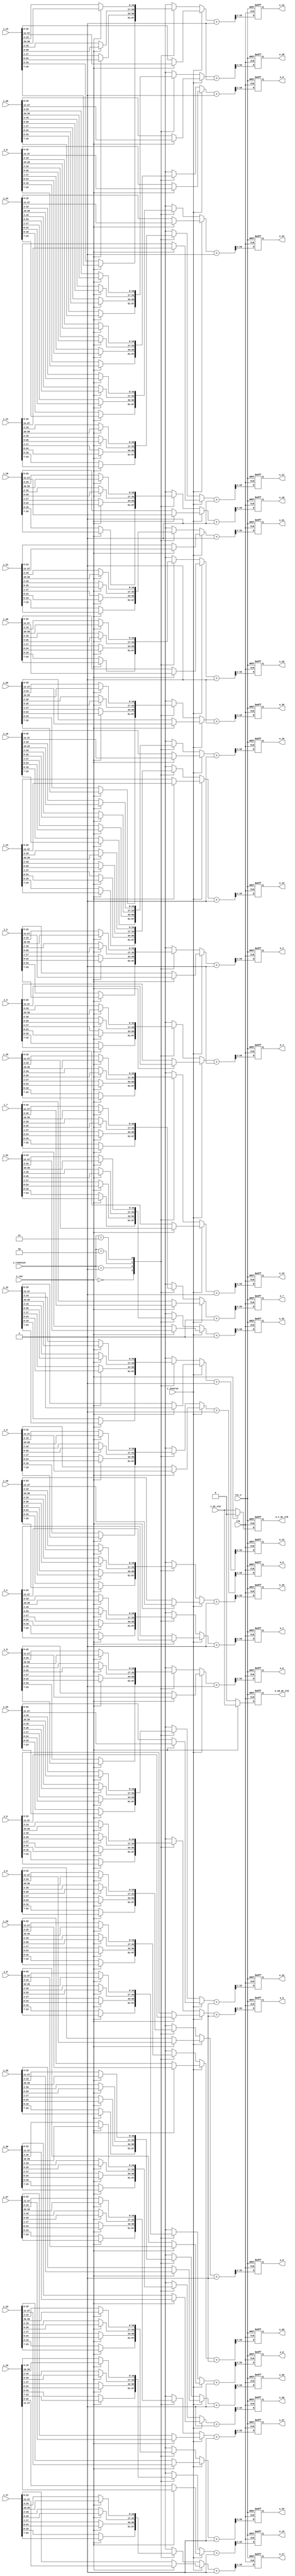
//company       : xm tech
//project name  : H265i
//top module    : dct_top_2d.v
//data          : 2018.01.22
//delay         : 1 clk 
//describe      :
//modification  :
//v1.0          :

module offset_shift(
                 clk           ,
                 rst_n         , 
                 i_row         ,
                 i_dt_vld      ,
	         i_inverse     ,
                 i_transize    ,
                 i_0           ,
                 i_1           ,
                 i_2           ,
                 i_3           ,
                 i_4           ,
                 i_5           ,
                 i_6           ,
                 i_7           ,
                 i_8           ,
                 i_9           ,
                 i_10          ,
                 i_11          ,
                 i_12          ,
                 i_13          ,
                 i_14          ,
                 i_15          ,
                 i_16          ,
                 i_17          ,
                 i_18          ,
                 i_19          ,
                 i_20          ,
                 i_21          ,
                 i_22          ,
                 i_23          ,
                 i_24          ,
                 i_25          ,
                 i_26          ,
                 i_27          ,
                 i_28          ,
                 i_29          ,
                 i_30          ,
                 i_31          ,
               
                o_2d_dt_vld    ,
		o_t_dt_vld     ,
                o_0            ,
                o_1            ,
                o_2            ,
                o_3            ,
                o_4            ,
                o_5            ,
                o_6            ,
                o_7            ,
                o_8            ,
                o_9            ,
                o_10           ,
                o_11           ,
                o_12           ,
                o_13           ,
                o_14           ,
                o_15           ,
                o_16           ,
                o_17           ,
                o_18           ,
                o_19           ,
                o_20           ,
                o_21           ,
                o_22           ,
                o_23           ,
                o_24           ,
                o_25           ,
                o_26           ,
                o_27           ,
                o_28           ,
                o_29           ,
                o_30           ,
                o_31           
);

// ********************************************
//                                             
//    INPUT / OUTPUT DECLARATION                                               
//                                                                             
// ********************************************

input                   clk       ;
input                   rst_n     ;
input                   i_row     ;
input                   i_inverse ;
input                   i_dt_vld  ;
input          [1:0]    i_transize;
input          [27:0]   i_0       ;//signed
input          [27:0]   i_1       ;//signed
input          [27:0]   i_2       ;//signed
input          [27:0]   i_3       ;//signed
input          [27:0]   i_4       ;//signed
input          [27:0]   i_5       ;//signed
input          [27:0]   i_6       ;//signed
input          [27:0]   i_7       ;//signed
input          [27:0]   i_8       ;//signed
input          [27:0]   i_9       ;//signed
input          [27:0]   i_10      ;//signed
input          [27:0]   i_11      ;//signed
input          [27:0]   i_12      ;//signed
input          [27:0]   i_13      ;//signed
input          [27:0]   i_14      ;//signed
input          [27:0]   i_15      ;//signed
input          [27:0]   i_16      ;//signed
input          [27:0]   i_17      ;//signed
input          [27:0]   i_18      ;//signed
input          [27:0]   i_19      ;//signed
input          [27:0]   i_20      ;//signed
input          [27:0]   i_21      ;//signed
input          [27:0]   i_22      ;//signed
input          [27:0]   i_23      ;//signed
input          [27:0]   i_24      ;//signed
input          [27:0]   i_25      ;//signed
input          [27:0]   i_26      ;//signed
input          [27:0]   i_27      ;//signed
input          [27:0]   i_28      ;//signed
input          [27:0]   i_29      ;//signed
input          [27:0]   i_30      ;//signed
input          [27:0]   i_31      ;//signed


output reg           o_2d_dt_vld  ;
output reg           o_t_dt_vld   ;
output reg  [15:0]   o_0; // signed
output reg  [15:0]   o_1; // signed
output reg  [15:0]   o_2; // signed
output reg  [15:0]   o_3; // signed
output reg  [15:0]   o_4; // signed
output reg  [15:0]   o_5; // signed
output reg  [15:0]   o_6; // signed
output reg  [15:0]   o_7; // signed
output reg  [15:0]   o_8; // signed
output reg  [15:0]   o_9; // signed
output reg  [15:0]   o_10;// signed
output reg  [15:0]   o_11;// signed
output reg  [15:0]   o_12;// signed
output reg  [15:0]   o_13;// signed
output reg  [15:0]   o_14;// signed
output reg  [15:0]   o_15;// signed
output reg  [15:0]   o_16;// signed
output reg  [15:0]   o_17;// signed
output reg  [15:0]   o_18;// signed
output reg  [15:0]   o_19;// signed
output reg  [15:0]   o_20;// signed
output reg  [15:0]   o_21;// signed
output reg  [15:0]   o_22;// signed
output reg  [15:0]   o_23;// signed
output reg  [15:0]   o_24;// signed
output reg  [15:0]   o_25;// signed
output reg  [15:0]   o_26;// signed
output reg  [15:0]   o_27;// signed
output reg  [15:0]   o_28;// signed
output reg  [15:0]   o_29;// signed
output reg  [15:0]   o_30;// signed
output reg  [15:0]   o_31;// signed

//-------------------------------------------//
parameter  DCT_4 =2'b00 ;
parameter  DCT_8 =2'b01 ;
parameter  DCT_16=2'b10 ;
parameter  DCT_32=2'b11 ;
//-------------------------------------------//
reg  [16:0]   data_0  ;
reg  [16:0]   data_1  ;
reg  [16:0]   data_2  ;
reg  [16:0]   data_3  ;
reg  [16:0]   data_4  ;
reg  [16:0]   data_5  ;
reg  [16:0]   data_6  ;
reg  [16:0]   data_7  ;
reg  [16:0]   data_8  ;
reg  [16:0]   data_9  ;

reg  [16:0]   data_10  ;
reg  [16:0]   data_11  ;
reg  [16:0]   data_12  ;
reg  [16:0]   data_13  ;
reg  [16:0]   data_14  ;
reg  [16:0]   data_15  ;
reg  [16:0]   data_16  ;
reg  [16:0]   data_17  ;
reg  [16:0]   data_18  ;
reg  [16:0]   data_19  ;

reg  [16:0]   data_20  ;
reg  [16:0]   data_21  ;
reg  [16:0]   data_22  ;
reg  [16:0]   data_23  ;
reg  [16:0]   data_24  ;
reg  [16:0]   data_25  ;
reg  [16:0]   data_26  ;
reg  [16:0]   data_27  ;
reg  [16:0]   data_28  ;
reg  [16:0]   data_29  ;

reg  [16:0]   data_30  ;
reg  [16:0]   data_31  ;

wire [16:0]   data0_add    ;       
wire [16:0]   data1_add    ;
wire [16:0]   data2_add    ;
wire [16:0]   data3_add    ;
wire [16:0]   data4_add    ;
wire [16:0]   data5_add    ;
wire [16:0]   data6_add    ;
wire [16:0]   data7_add    ;
wire [16:0]   data8_add    ;
wire [16:0]   data9_add    ;
wire [16:0]   data10_add   ;
wire [16:0]   data11_add   ;
wire [16:0]   data12_add   ;
wire [16:0]   data13_add   ;
wire [16:0]   data14_add   ;
wire [16:0]   data15_add   ;
wire [16:0]   data16_add   ;
wire [16:0]   data17_add   ;
wire [16:0]   data18_add   ;
wire [16:0]   data19_add   ;
wire [16:0]   data20_add   ;
wire [16:0]   data21_add   ;
wire [16:0]   data22_add   ;
wire [16:0]   data23_add   ;
wire [16:0]   data24_add   ;
wire [16:0]   data25_add   ;
wire [16:0]   data26_add   ;
wire [16:0]   data27_add   ;
wire [16:0]   data28_add   ;
wire [16:0]   data29_add   ;
wire [16:0]   data30_add   ;
wire [16:0]   data31_add   ;

//------------------------data sel------------------//
always @(*) 
begin
if(~i_inverse)
begin 
	case(i_transize)
    	DCT_4:
    	begin
		if(~i_row)
			data_0 = i_0[16:0];
		else
			data_0 = i_0[23:7];
	end
     	DCT_8:
    	begin
		if(~i_row)
			data_0 = i_0[17:1];
		else
			data_0 = i_0[24:8];
	end
     	DCT_16:
    	begin
		if(~i_row)
			data_0 = i_0[18:2];
		else
			data_0 = i_0[25:9];
	end
    	DCT_32:
    	begin
		if(~i_row)
			data_0 = i_0[19:3];
		else

			data_0 = i_0[26:10];
	end
  	endcase
end
else
begin
	if(~i_row)
		data_0 = i_0[22:6];
	else
		data_0 = i_0[27:11];
end
end
//------------data1-----------//
always @(*) 
begin
if(~i_inverse)
begin 
	case(i_transize)
    	DCT_4:
    	begin
		if(~i_row)
			data_1 = i_1[16:0];
		else
			data_1 = i_1[23:7];
	end
     	DCT_8:
    	begin
		if(~i_row)
			data_1 = i_1[17:1];
		else
			data_1 = i_1[24:8];
	end
     	DCT_16:
    	begin
		if(~i_row)
			data_1 = i_1[18:2];
		else
			data_1 = i_1[25:9];
	end
    	DCT_32:
    	begin
		if(~i_row)
			data_1 = i_1[19:3];
		else

			data_1 = i_1[26:10];
	end
  	endcase
end
else
begin
	if(~i_row)
		data_1 = i_1[22:6];
	else
		data_1 = i_1[27:11];
end
end

//------------data2-----------//
always @(*) 
begin
if(~i_inverse)
begin 
	case(i_transize)
    	DCT_4:
    	begin
		if(~i_row)
			data_2 = i_2[16:0];
		else
			data_2 = i_2[23:7];
	end
     	DCT_8:
    	begin
		if(~i_row)
			data_2 = i_2[17:1];
		else
			data_2 = i_2[24:8];
	end
     	DCT_16:
    	begin
		if(~i_row)
			data_2 = i_2[18:2];
		else
			data_2 = i_2[25:9];
	end
    	DCT_32:
    	begin
		if(~i_row)
			data_2 = i_2[19:3];
		else

			data_2 = i_2[26:10];
	end
  	endcase
end
else
begin
	if(~i_row)
		data_2 = i_2[22:6];
	else
		data_2 = i_2[27:11];
end
end

//------------data3-----------//
always @(*) 
begin
if(~i_inverse)
begin 
	case(i_transize)
    	DCT_4:
    	begin
		if(~i_row)
			data_3 = i_3[16:0];
		else
			data_3 = i_3[23:7];
	end
     	DCT_8:
    	begin
		if(~i_row)
			data_3 = i_3[17:1];
		else
			data_3 = i_3[24:8];
	end
     	DCT_16:
    	begin
		if(~i_row)
			data_3 = i_3[18:2];
		else
			data_3 = i_3[25:9];
	end
    	DCT_32:
    	begin
		if(~i_row)
			data_3 = i_3[19:3];
		else

			data_3 = i_3[26:10];
	end
  	endcase
end
else
begin
	if(~i_row)
		data_3 = i_3[22:6];
	else
		data_3 = i_3[27:11];
end
end

//------------data4-----------//
always @(*) 
begin
if(~i_inverse)
begin 
	case(i_transize)
    	DCT_4:
    	begin
		if(~i_row)
			data_4 = i_4[16:0];
		else
			data_4 = i_4[23:7];
	end
     	DCT_8:
    	begin
		if(~i_row)
			data_4 = i_4[17:1];
		else
			data_4 = i_4[24:8];
	end
     	DCT_16:
    	begin
		if(~i_row)
			data_4 = i_4[18:2];
		else
			data_4 = i_4[25:9];
	end
    	DCT_32:
    	begin
		if(~i_row)
			data_4 = i_4[19:3];
		else

			data_4 = i_4[26:10];
	end
  	endcase
end
else
begin
	if(~i_row)
		data_4 = i_4[22:6];
	else
		data_4 = i_4[27:11];
end
end

//------------data5-----------//
always @(*) 
begin
if(~i_inverse)
begin 
	case(i_transize)
    	DCT_4:
    	begin
		if(~i_row)
			data_5 = i_5[16:0];
		else
			data_5 = i_5[23:7];
	end
     	DCT_8:
    	begin
		if(~i_row)
			data_5 = i_5[17:1];
		else
			data_5 = i_5[24:8];
	end
     	DCT_16:
    	begin
		if(~i_row)
			data_5 = i_5[18:2];
		else
			data_5 = i_5[25:9];
	end
    	DCT_32:
    	begin
		if(~i_row)
			data_5 = i_5[19:3];
		else

			data_5 = i_5[26:10];
	end
  	endcase
end
else
begin
	if(~i_row)
		data_5 = i_5[22:6];
	else
		data_5 = i_5[27:11];
end
end

//------------data6-----------//
always @(*) 
begin
if(~i_inverse)
begin 
	case(i_transize)
    	DCT_4:
    	begin
		if(~i_row)
			data_6 = i_6[16:0];
		else
			data_6 = i_6[23:7];
	end
     	DCT_8:
    	begin
		if(~i_row)
			data_6 = i_6[17:1];
		else
			data_6 = i_6[24:8];
	end
     	DCT_16:
    	begin
		if(~i_row)
			data_6 = i_6[18:2];
		else
			data_6 = i_6[25:9];
	end
    	DCT_32:
    	begin
		if(~i_row)
			data_6 = i_6[19:3];
		else

			data_6 = i_6[26:10];
	end
  	endcase
end
else
begin
	if(~i_row)
		data_6 = i_6[22:6];
	else
		data_6 = i_6[27:11];
end
end

//------------data7-----------//
always @(*) 
begin
if(~i_inverse)
begin 
	case(i_transize)
    	DCT_4:
    	begin
		if(~i_row)
			data_7 = i_7[16:0];
		else
			data_7 = i_7[23:7];
	end
     	DCT_8:
    	begin
		if(~i_row)
			data_7 = i_7[17:1];
		else
			data_7 = i_7[24:8];
	end
     	DCT_16:
    	begin
		if(~i_row)
			data_7 = i_7[18:2];
		else
			data_7 = i_7[25:9];
	end
    	DCT_32:
    	begin
		if(~i_row)
			data_7 = i_7[19:3];
		else

			data_7 = i_7[26:10];
	end
  	endcase
end
else
begin
	if(~i_row)
		data_7 = i_7[22:6];
	else
		data_7 = i_7[27:11];
end
end

//------------data8-----------//
always @(*) 
begin
if(~i_inverse)
begin 
	case(i_transize)
    	DCT_4:
    	begin
		if(~i_row)
			data_8 = i_8[16:0];
		else
			data_8 = i_8[23:7];
	end
     	DCT_8:
    	begin
		if(~i_row)
			data_8 = i_8[17:1];
		else
			data_8 = i_8[24:8];
	end
     	DCT_16:
    	begin
		if(~i_row)
			data_8 = i_8[18:2];
		else
			data_8 = i_8[25:9];
	end
    	DCT_32:
    	begin
		if(~i_row)
			data_8 = i_8[19:3];
		else

			data_8 = i_8[26:10];
	end
  	endcase
end
else
begin
	if(~i_row)
		data_8 = i_8[22:6];
	else
		data_8 = i_8[27:11];
end
end

//------------data9-----------//
always @(*) 
begin
if(~i_inverse)
begin 
	case(i_transize)
    	DCT_4:
    	begin
		if(~i_row)
			data_9 = i_9[16:0];
		else
			data_9 = i_9[23:7];
	end
     	DCT_8:
    	begin
		if(~i_row)
			data_9 = i_9[17:1];
		else
			data_9 = i_9[24:8];
	end
     	DCT_16:
    	begin
		if(~i_row)
			data_9 = i_9[18:2];
		else
			data_9 = i_9[25:9];
	end
    	DCT_32:
    	begin
		if(~i_row)
			data_9 = i_9[19:3];
		else

			data_9 = i_9[26:10];
	end
  	endcase
end
else
begin
	if(~i_row)
		data_9 = i_9[22:6];
	else
		data_9 = i_9[27:11];
end
end

//------------data10-----------//
always @(*) 
begin
if(~i_inverse)
begin 
	case(i_transize)
    	DCT_4:
    	begin
		if(~i_row)
			data_10 = i_10[16:0];
		else
			data_10 = i_10[23:7];
	end
     	DCT_8:
    	begin
		if(~i_row)
			data_10 = i_10[17:1];
		else
			data_10 = i_10[24:8];
	end
     	DCT_16:
    	begin
		if(~i_row)
			data_10 = i_10[18:2];
		else
			data_10 = i_10[25:9];
	end
    	DCT_32:
    	begin
		if(~i_row)
			data_10 = i_10[19:3];
		else

			data_10 = i_10[26:10];
	end
  	endcase
end
else
begin
	if(~i_row)
		data_10 = i_10[22:6];
	else
		data_10 = i_10[27:11];
end
end

//------------data11-----------//
always @(*) 
begin
if(~i_inverse)
begin 
	case(i_transize)
    	DCT_4:
    	begin
		if(~i_row)
			data_11 = i_11[16:0];
		else
			data_11 = i_11[23:7];
	end
     	DCT_8:
    	begin
		if(~i_row)
			data_11 = i_11[17:1];
		else
			data_11 = i_11[24:8];
	end
     	DCT_16:
    	begin
		if(~i_row)
			data_11 = i_11[18:2];
		else
			data_11 = i_11[25:9];
	end
    	DCT_32:
    	begin
		if(~i_row)
			data_11 = i_11[19:3];
		else

			data_11 = i_11[26:10];
	end
  	endcase
end
else
begin
	if(~i_row)
		data_11 = i_11[22:6];
	else
		data_11 = i_11[27:11];
end
end

//------------data12-----------//
always @(*) 
begin
if(~i_inverse)
begin 
	case(i_transize)
    	DCT_4:
    	begin
		if(~i_row)
			data_12 = i_12[16:0];
		else
			data_12 = i_12[23:7];
	end
     	DCT_8:
    	begin
		if(~i_row)
			data_12 = i_12[17:1];
		else
			data_12 = i_12[24:8];
	end
     	DCT_16:
    	begin
		if(~i_row)
			data_12 = i_12[18:2];
		else
			data_12 = i_12[25:9];
	end
    	DCT_32:
    	begin
		if(~i_row)
			data_12 = i_12[19:3];
		else

			data_12 = i_12[26:10];
	end
  	endcase
end
else
begin
	if(~i_row)
		data_12 = i_12[22:6];
	else
		data_12 = i_12[27:11];
end
end

//------------data13-----------//
always @(*) 
begin
if(~i_inverse)
begin 
	case(i_transize)
    	DCT_4:
    	begin
		if(~i_row)
			data_13 = i_13[16:0];
		else
			data_13 = i_13[23:7];
	end
     	DCT_8:
    	begin
		if(~i_row)
			data_13 = i_13[17:1];
		else
			data_13 = i_13[24:8];
	end
     	DCT_16:
    	begin
		if(~i_row)
			data_13 = i_13[18:2];
		else
			data_13 = i_13[25:9];
	end
    	DCT_32:
    	begin
		if(~i_row)
			data_13 = i_13[19:3];
		else

			data_13 = i_13[26:10];
	end
  	endcase
end
else
begin
	if(~i_row)
		data_13 = i_13[22:6];
	else
		data_13 = i_13[27:11];
end
end

//------------data14-----------//
always @(*) 
begin
if(~i_inverse)
begin 
	case(i_transize)
    	DCT_4:
    	begin
		if(~i_row)
			data_14 = i_14[16:0];
		else
			data_14 = i_14[23:7];
	end
     	DCT_8:
    	begin
		if(~i_row)
			data_14 = i_14[17:1];
		else
			data_14 = i_14[24:8];
	end
     	DCT_16:
    	begin
		if(~i_row)
			data_14 = i_14[18:2];
		else
			data_14 = i_14[25:9];
	end
    	DCT_32:
    	begin
		if(~i_row)
			data_14 = i_14[19:3];
		else

			data_14 = i_14[26:10];
	end
  	endcase
end
else
begin
	if(~i_row)
		data_14 = i_14[22:6];
	else
		data_14 = i_14[27:11];
end
end

//------------data15-----------//
always @(*) 
begin
if(~i_inverse)
begin 
	case(i_transize)
    	DCT_4:
    	begin
		if(~i_row)
			data_15 = i_15[16:0];
		else
			data_15 = i_15[23:7];
	end
     	DCT_8:
    	begin
		if(~i_row)
			data_15 = i_15[17:1];
		else
			data_15 = i_15[24:8];
	end
     	DCT_16:
    	begin
		if(~i_row)
			data_15 = i_15[18:2];
		else
			data_15 = i_15[25:9];
	end
    	DCT_32:
    	begin
		if(~i_row)
			data_15 = i_15[19:3];
		else

			data_15 = i_15[26:10];
	end
  	endcase
end
else
begin
	if(~i_row)
		data_15 = i_15[22:6];
	else
		data_15 = i_15[27:11];
end
end

//------------data16-----------//
always @(*) 
begin
if(~i_inverse)
begin 
	case(i_transize)
    	DCT_4:
    	begin
		if(~i_row)
			data_16 = i_16[16:0];
		else
			data_16 = i_16[23:7];
	end
     	DCT_8:
    	begin
		if(~i_row)
			data_16 = i_16[17:1];
		else
			data_16 = i_16[24:8];
	end
     	DCT_16:
    	begin
		if(~i_row)
			data_16 = i_16[18:2];
		else
			data_16 = i_16[25:9];
	end
    	DCT_32:
    	begin
		if(~i_row)
			data_16 = i_16[19:3];
		else

			data_16 = i_16[26:10];
	end
  	endcase
end
else
begin
	if(~i_row)
		data_16 = i_16[22:6];
	else
		data_16 = i_16[27:11];
end
end

//------------data17-----------//
always @(*) 
begin
if(~i_inverse)
begin 
	case(i_transize)
    	DCT_4:
    	begin
		if(~i_row)
			data_17 = i_17[16:0];
		else
			data_17 = i_17[23:7];
	end
     	DCT_8:
    	begin
		if(~i_row)
			data_17 = i_17[17:1];
		else
			data_17 = i_17[24:8];
	end
     	DCT_16:
    	begin
		if(~i_row)
			data_17 = i_17[18:2];
		else
			data_17 = i_17[25:9];
	end
    	DCT_32:
    	begin
		if(~i_row)
			data_17 = i_17[19:3];
		else

			data_17 = i_17[26:10];
	end
  	endcase
end
else
begin
	if(~i_row)
		data_17 = i_17[22:6];
	else
		data_17 = i_17[27:11];
end
end

//------------data18-----------//
always @(*) 
begin
if(~i_inverse)
begin 
	case(i_transize)
    	DCT_4:
    	begin
		if(~i_row)
			data_18 = i_18[16:0];
		else
			data_18 = i_18[23:7];
	end
     	DCT_8:
    	begin
		if(~i_row)
			data_18 = i_18[17:1];
		else
			data_18 = i_18[24:8];
	end
     	DCT_16:
    	begin
		if(~i_row)
			data_18 = i_18[18:2];
		else
			data_18 = i_18[25:9];
	end
    	DCT_32:
    	begin
		if(~i_row)
			data_18 = i_18[19:3];
		else

			data_18 = i_18[26:10];
	end
  	endcase
end
else
begin
	if(~i_row)
		data_18 = i_18[22:6];
	else
		data_18 = i_18[27:11];
end
end

//------------data19-----------//
always @(*) 
begin
if(~i_inverse)
begin 
	case(i_transize)
    	DCT_4:
    	begin
		if(~i_row)
			data_19 = i_19[16:0];
		else
			data_19 = i_19[23:7];
	end
     	DCT_8:
    	begin
		if(~i_row)
			data_19 = i_19[17:1];
		else
			data_19 = i_19[24:8];
	end
     	DCT_16:
    	begin
		if(~i_row)
			data_19 = i_19[18:2];
		else
			data_19 = i_19[25:9];
	end
    	DCT_32:
    	begin
		if(~i_row)
			data_19 = i_19[19:3];
		else

			data_19 = i_19[26:10];
	end
  	endcase
end
else
begin
	if(~i_row)
		data_19 = i_19[22:6];
	else
		data_19 = i_19[27:11];
end
end

//------------data20-----------//
always @(*) 
begin
if(~i_inverse)
begin 
	case(i_transize)
    	DCT_4:
    	begin
		if(~i_row)
			data_20 = i_20[16:0];
		else
			data_20 = i_20[23:7];
	end
     	DCT_8:
    	begin
		if(~i_row)
			data_20 = i_20[17:1];
		else
			data_20 = i_20[24:8];
	end
     	DCT_16:
    	begin
		if(~i_row)
			data_20 = i_20[18:2];
		else
			data_20 = i_20[25:9];
	end
    	DCT_32:
    	begin
		if(~i_row)
			data_20 = i_20[19:3];
		else

			data_20 = i_20[26:10];
	end
  	endcase
end
else
begin
	if(~i_row)
		data_20 = i_20[22:6];
	else
		data_20 = i_20[27:11];
end
end

//------------data21-----------//
always @(*) 
begin
if(~i_inverse)
begin 
	case(i_transize)
    	DCT_4:
    	begin
		if(~i_row)
			data_21 = i_21[16:0];
		else
			data_21 = i_21[23:7];
	end
     	DCT_8:
    	begin
		if(~i_row)
			data_21 = i_21[17:1];
		else
			data_21 = i_21[24:8];
	end
     	DCT_16:
    	begin
		if(~i_row)
			data_21 = i_21[18:2];
		else
			data_21 = i_21[25:9];
	end
    	DCT_32:
    	begin
		if(~i_row)
			data_21 = i_21[19:3];
		else

			data_21 = i_21[26:10];
	end
  	endcase
end
else
begin
	if(~i_row)
		data_21 = i_21[22:6];
	else
		data_21 = i_21[27:11];
end
end

//------------data22-----------//
always @(*) 
begin
if(~i_inverse)
begin 
	case(i_transize)
    	DCT_4:
    	begin
		if(~i_row)
			data_22 = i_22[16:0];
		else
			data_22 = i_22[23:7];
	end
     	DCT_8:
    	begin
		if(~i_row)
			data_22 = i_22[17:1];
		else
			data_22 = i_22[24:8];
	end
     	DCT_16:
    	begin
		if(~i_row)
			data_22 = i_22[18:2];
		else
			data_22 = i_22[25:9];
	end
    	DCT_32:
    	begin
		if(~i_row)
			data_22 = i_22[19:3];
		else

			data_22 = i_22[26:10];
	end
  	endcase
end
else
begin
	if(~i_row)
		data_22 = i_22[22:6];
	else
		data_22 = i_22[27:11];
end
end

//------------data23-----------//
always @(*) 
begin
if(~i_inverse)
begin 
	case(i_transize)
    	DCT_4:
    	begin
		if(~i_row)
			data_23 = i_23[16:0];
		else
			data_23 = i_23[23:7];
	end
     	DCT_8:
    	begin
		if(~i_row)
			data_23 = i_23[17:1];
		else
			data_23 = i_23[24:8];
	end
     	DCT_16:
    	begin
		if(~i_row)
			data_23 = i_23[18:2];
		else
			data_23 = i_23[25:9];
	end
    	DCT_32:
    	begin
		if(~i_row)
			data_23 = i_23[19:3];
		else

			data_23 = i_23[26:10];
	end
  	endcase
end
else
begin
	if(~i_row)
		data_23 = i_23[22:6];
	else
		data_23 = i_23[27:11];
end
end

//------------data24-----------//
always @(*) 
begin
if(~i_inverse)
begin 
	case(i_transize)
    	DCT_4:
    	begin
		if(~i_row)
			data_24 = i_24[16:0];
		else
			data_24 = i_24[23:7];
	end
     	DCT_8:
    	begin
		if(~i_row)
			data_24 = i_24[17:1];
		else
			data_24 = i_24[24:8];
	end
     	DCT_16:
    	begin
		if(~i_row)
			data_24 = i_24[18:2];
		else
			data_24 = i_24[25:9];
	end
    	DCT_32:
    	begin
		if(~i_row)
			data_24 = i_24[19:3];
		else

			data_24 = i_24[26:10];
	end
  	endcase
end
else
begin
	if(~i_row)
		data_24 = i_24[22:6];
	else
		data_24 = i_24[27:11];
end
end

//------------data25-----------//
always @(*) 
begin
if(~i_inverse)
begin 
	case(i_transize)
    	DCT_4:
    	begin
		if(~i_row)
			data_25 = i_25[16:0];
		else
			data_25 = i_25[23:7];
	end
     	DCT_8:
    	begin
		if(~i_row)
			data_25 = i_25[17:1];
		else
			data_25 = i_25[24:8];
	end
     	DCT_16:
    	begin
		if(~i_row)
			data_25 = i_25[18:2];
		else
			data_25 = i_25[25:9];
	end
    	DCT_32:
    	begin
		if(~i_row)
			data_25 = i_25[19:3];
		else

			data_25 = i_25[26:10];
	end
  	endcase
end
else
begin
	if(~i_row)
		data_25 = i_25[22:6];
	else
		data_25 = i_25[27:11];
end
end

//------------data26-----------//
always @(*) 
begin
if(~i_inverse)
begin 
	case(i_transize)
    	DCT_4:
    	begin
		if(~i_row)
			data_26 = i_26[16:0];
		else
			data_26 = i_26[23:7];
	end
     	DCT_8:
    	begin
		if(~i_row)
			data_26 = i_26[17:1];
		else
			data_26 = i_26[24:8];
	end
     	DCT_16:
    	begin
		if(~i_row)
			data_26 = i_26[18:2];
		else
			data_26 = i_26[25:9];
	end
    	DCT_32:
    	begin
		if(~i_row)
			data_26 = i_26[19:3];
		else

			data_26 = i_26[26:10];
	end
  	endcase
end
else
begin
	if(~i_row)
		data_26 = i_26[22:6];
	else
		data_26 = i_26[27:11];
end
end

//------------data27-----------//
always @(*) 
begin
if(~i_inverse)
begin 
	case(i_transize)
    	DCT_4:
    	begin
		if(~i_row)
			data_27 = i_27[16:0];
		else
			data_27 = i_27[23:7];
	end
     	DCT_8:
    	begin
		if(~i_row)
			data_27 = i_27[17:1];
		else
			data_27 = i_27[24:8];
	end
     	DCT_16:
    	begin
		if(~i_row)
			data_27 = i_27[18:2];
		else
			data_27 = i_27[25:9];
	end
    	DCT_32:
    	begin
		if(~i_row)
			data_27 = i_27[19:3];
		else

			data_27 = i_27[26:10];
	end
  	endcase
end
else
begin
	if(~i_row)
		data_27 = i_27[22:6];
	else
		data_27 = i_27[27:11];
end
end

//------------data28-----------//
always @(*) 
begin
if(~i_inverse)
begin 
	case(i_transize)
    	DCT_4:
    	begin
		if(~i_row)
			data_28 = i_28[16:0];
		else
			data_28 = i_28[23:7];
	end
     	DCT_8:
    	begin
		if(~i_row)
			data_28 = i_28[17:1];
		else
			data_28 = i_28[24:8];
	end
     	DCT_16:
    	begin
		if(~i_row)
			data_28 = i_28[18:2];
		else
			data_28 = i_28[25:9];
	end
    	DCT_32:
    	begin
		if(~i_row)
			data_28 = i_28[19:3];
		else

			data_28 = i_28[26:10];
	end
  	endcase
end
else
begin
	if(~i_row)
		data_28 = i_28[22:6];
	else
		data_28 = i_28[27:11];
end
end

//------------data29-----------//
always @(*) 
begin
if(~i_inverse)
begin 
	case(i_transize)
    	DCT_4:
    	begin
		if(~i_row)
			data_29 = i_29[16:0];
		else
			data_29 = i_29[23:7];
	end
     	DCT_8:
    	begin
		if(~i_row)
			data_29 = i_29[17:1];
		else
			data_29 = i_29[24:8];
	end
     	DCT_16:
    	begin
		if(~i_row)
			data_29 = i_29[18:2];
		else
			data_29 = i_29[25:9];
	end
    	DCT_32:
    	begin
		if(~i_row)
			data_29 = i_29[19:3];
		else

			data_29 = i_29[26:10];
	end
  	endcase
end
else
begin
	if(~i_row)
		data_29 = i_29[22:6];
	else
		data_29 = i_29[27:11];
end
end

//------------data30-----------//
always @(*) 
begin
if(~i_inverse)
begin 
	case(i_transize)
    	DCT_4:
    	begin
		if(~i_row)
			data_30 = i_30[16:0];
		else
			data_30 = i_30[23:7];
	end
     	DCT_8:
    	begin
		if(~i_row)
			data_30 = i_30[17:1];
		else
			data_30 = i_30[24:8];
	end
     	DCT_16:
    	begin
		if(~i_row)
			data_30 = i_30[18:2];
		else
			data_30 = i_30[25:9];
	end
    	DCT_32:
    	begin
		if(~i_row)
			data_30 = i_30[19:3];
		else

			data_30 = i_30[26:10];
	end
  	endcase
end
else
begin
	if(~i_row)
		data_30 = i_30[22:6];
	else
		data_30 = i_30[27:11];
end
end

//------------data31-----------//
always @(*)
begin 
if(~i_inverse)
begin 
	case(i_transize)
    	DCT_4:
    	begin
		if(~i_row)
			data_31 = i_31[16:0];
		else
			data_31 = i_31[23:7];
	end
     	DCT_8:
    	begin
		if(~i_row)
			data_31 = i_31[17:1];
		else
			data_31 = i_31[24:8];
	end
     	DCT_16:
    	begin
		if(~i_row)
			data_31 = i_31[18:2];
		else
			data_31 = i_31[25:9];
	end
    	DCT_32:
    	begin
		if(~i_row)
			data_31 = i_31[19:3];
		else

			data_31 = i_31[26:10];
	end
  	endcase
end
else
begin
	if(~i_row)
		data_31 = i_31[22:6];
	else
		data_31 = i_31[27:11];
end
end

//-------------------round logic----------------//
assign data0_add  = data_0 + 1'b1;
assign data1_add  = data_1 + 1'b1;
assign data2_add  = data_2 + 1'b1;
assign data3_add  = data_3 + 1'b1;
assign data4_add  = data_4 + 1'b1;
assign data5_add  = data_5 + 1'b1;
assign data6_add  = data_6 + 1'b1;
assign data7_add  = data_7 + 1'b1;
assign data8_add  = data_8 + 1'b1;
assign data9_add  = data_9 + 1'b1;

assign data10_add = data_10 + 1'b1;
assign data11_add = data_11 + 1'b1;
assign data12_add = data_12 + 1'b1;
assign data13_add = data_13 + 1'b1;
assign data14_add = data_14 + 1'b1;
assign data15_add = data_15 + 1'b1;
assign data16_add = data_16 + 1'b1;
assign data17_add = data_17 + 1'b1;
assign data18_add = data_18 + 1'b1;
assign data19_add = data_19 + 1'b1;

assign data20_add = data_20 + 1'b1;
assign data21_add = data_21 + 1'b1;
assign data22_add = data_22 + 1'b1;
assign data23_add = data_23 + 1'b1;
assign data24_add = data_24 + 1'b1;
assign data25_add = data_25 + 1'b1;
assign data26_add = data_26 + 1'b1;
assign data27_add = data_27 + 1'b1;
assign data28_add = data_28 + 1'b1;
assign data29_add = data_29 + 1'b1;

assign data30_add = data_30 + 1'b1;
assign data31_add = data_31 + 1'b1;

//------------------------------------------------//

always @(posedge clk or negedge rst_n)
begin
	if(!rst_n)
		o_0 <= 16'd0;
	else
		o_0 <= data0_add[16:1];
end 

always @(posedge clk or negedge rst_n)
begin
	if(!rst_n)
		o_1 <= 16'd0;
	else
		o_1 <= data1_add[16:1];
end 

always @(posedge clk or negedge rst_n)
begin
	if(!rst_n)
		o_2 <= 16'd0;
	else
		o_2 <= data2_add[16:1];
end 

always @(posedge clk or negedge rst_n)
begin
	if(!rst_n)
		o_3 <= 16'd0;
	else
		o_3 <= data3_add[16:1];
end 

always @(posedge clk or negedge rst_n)
begin
	if(!rst_n)
		o_4 <= 16'd0;
	else
		o_4 <= data4_add[16:1];
end 

always @(posedge clk or negedge rst_n)
begin
	if(!rst_n)
		o_5 <= 16'd0;
	else
		o_5 <= data5_add[16:1];
end 
 
always @(posedge clk or negedge rst_n)
begin
	if(!rst_n)
		o_6 <= 16'd0;
	else
		o_6 <= data6_add[16:1];
end

always @(posedge clk or negedge rst_n)
begin
	if(!rst_n)
		o_7 <= 16'd0;
	else
		o_7 <= data7_add[16:1];
end 

always @(posedge clk or negedge rst_n)
begin
	if(!rst_n)
		o_8 <= 16'd0;
	else
		o_8 <= data8_add[16:1];
end 

always @(posedge clk or negedge rst_n)
begin
	if(!rst_n)
		o_9 <= 16'd0;
	else
		o_9 <= data9_add[16:1];
end 

always @(posedge clk or negedge rst_n)
begin
	if(!rst_n)
		o_10 <= 16'd0;
	else
		o_10 <= data10_add[16:1];
end 

always @(posedge clk or negedge rst_n)
begin
	if(!rst_n)
		o_11 <= 16'd0;
	else
		o_11 <= data11_add[16:1];
end 

always @(posedge clk or negedge rst_n)
begin
	if(!rst_n)
		o_12 <= 16'd0;
	else
		o_12 <= data12_add[16:1];
end 

always @(posedge clk or negedge rst_n)
begin
	if(!rst_n)
		o_13 <= 16'd0;
	else
		o_13 <= data13_add[16:1];
end 

always @(posedge clk or negedge rst_n)
begin
	if(!rst_n)
		o_14 <= 16'd0;
	else
		o_14 <= data14_add[16:1];
end 

always @(posedge clk or negedge rst_n)
begin
	if(!rst_n)
		o_15 <= 16'd0;
	else
		o_15 <= data15_add[16:1];
end 

always @(posedge clk or negedge rst_n)
begin
	if(!rst_n)
		o_16 <= 16'd0;
	else
		o_16 <= data16_add[16:1];
end 

always @(posedge clk or negedge rst_n)
begin
	if(!rst_n)
		o_17 <= 16'd0;
	else
		o_17 <= data17_add[16:1];
end 

always @(posedge clk or negedge rst_n)
begin
	if(!rst_n)
		o_18 <= 16'd0;
	else
		o_18 <= data18_add[16:1];
end 

always @(posedge clk or negedge rst_n)
begin
	if(!rst_n)
		o_19 <= 16'd0;
	else
		o_19 <= data19_add[16:1];
end 

always @(posedge clk or negedge rst_n)
begin
	if(!rst_n)
		o_20 <= 16'd0;
	else
		o_20 <= data20_add[16:1];
end 

always @(posedge clk or negedge rst_n)
begin
	if(!rst_n)
		o_21 <= 16'd0;
	else
		o_21 <= data21_add[16:1];
end 

always @(posedge clk or negedge rst_n)
begin
	if(!rst_n)
		o_22 <= 16'd0;
	else
		o_22 <= data22_add[16:1];
end 

always @(posedge clk or negedge rst_n)
begin
	if(!rst_n)
		o_23 <= 16'd0;
	else
		o_23 <= data23_add[16:1];
end 

always @(posedge clk or negedge rst_n)
begin
	if(!rst_n)
		o_24 <= 16'd0;
	else
		o_24 <= data24_add[16:1];
end 

always @(posedge clk or negedge rst_n)
begin
	if(!rst_n)
		o_25 <= 16'd0;
	else
		o_25 <= data25_add[16:1];
end 

always @(posedge clk or negedge rst_n)
begin
	if(!rst_n)
		o_26 <= 16'd0;
	else
		o_26 <= data26_add[16:1];
end 

always @(posedge clk or negedge rst_n)
begin
	if(!rst_n)
		o_27 <= 16'd0;
	else
		o_27 <= data27_add[16:1];
end 

always @(posedge clk or negedge rst_n)
begin
	if(!rst_n)
		o_28 <= 16'd0;
	else
		o_28 <= data28_add[16:1];
end 

always @(posedge clk or negedge rst_n)
begin
	if(!rst_n)
		o_29 <= 16'd0;
	else
		o_29 <= data29_add[16:1];
end 

always @(posedge clk or negedge rst_n)
begin
	if(!rst_n)
		o_30 <= 16'd0;
	else
		o_30 <= data30_add[16:1];
end 

always @(posedge clk or negedge rst_n)
begin
	if(!rst_n)
		o_31 <= 16'd0;
	else
		o_31 <= data31_add[16:1];
end 
//--------------------2d dct out-------------------//

always @(posedge clk or negedge rst_n)
begin
	if(!rst_n)
		o_2d_dt_vld <= 1'b0;
	else if(i_row)
		o_2d_dt_vld <= i_dt_vld;
	else
		o_2d_dt_vld <= 1'b0;
end 		

 
//--------------------to transosition-------------------//
always @(posedge clk or negedge rst_n)
begin
	if(!rst_n)
		o_t_dt_vld <= 1'b0;
	else if(~i_row)
		o_t_dt_vld <= i_dt_vld;
	else
		o_t_dt_vld <= 1'b0;
end 		



endmodule